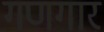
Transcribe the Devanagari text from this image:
गणगार